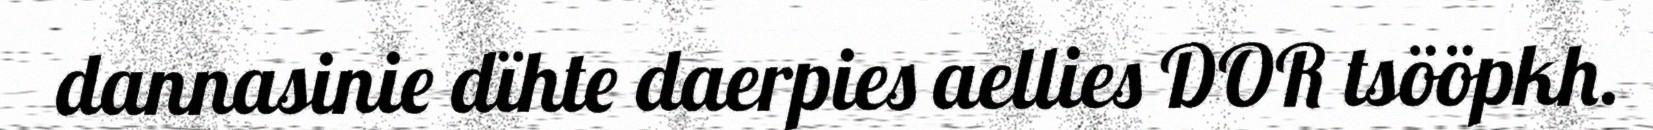
dannasinie dïhte daerpies aellies DOR tsööpkh.